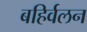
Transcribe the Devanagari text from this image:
बहिर्वलन